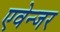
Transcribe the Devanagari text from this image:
एवेन्जर